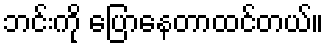
ဘင်းကို ပြောနေတာထင်တယ်။